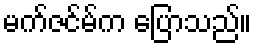
မက်ဇင်မ်က ပြောသည်။